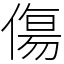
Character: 傷